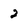
Character: 2